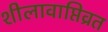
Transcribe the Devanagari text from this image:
शीलावाप्तिव्रत